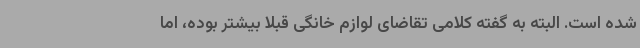
شده است. البته به گفته کلامی تقاضای لوازم خانگی قبلا بیشتر بوده، اما